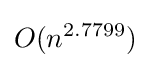
O(n^{2.7799})